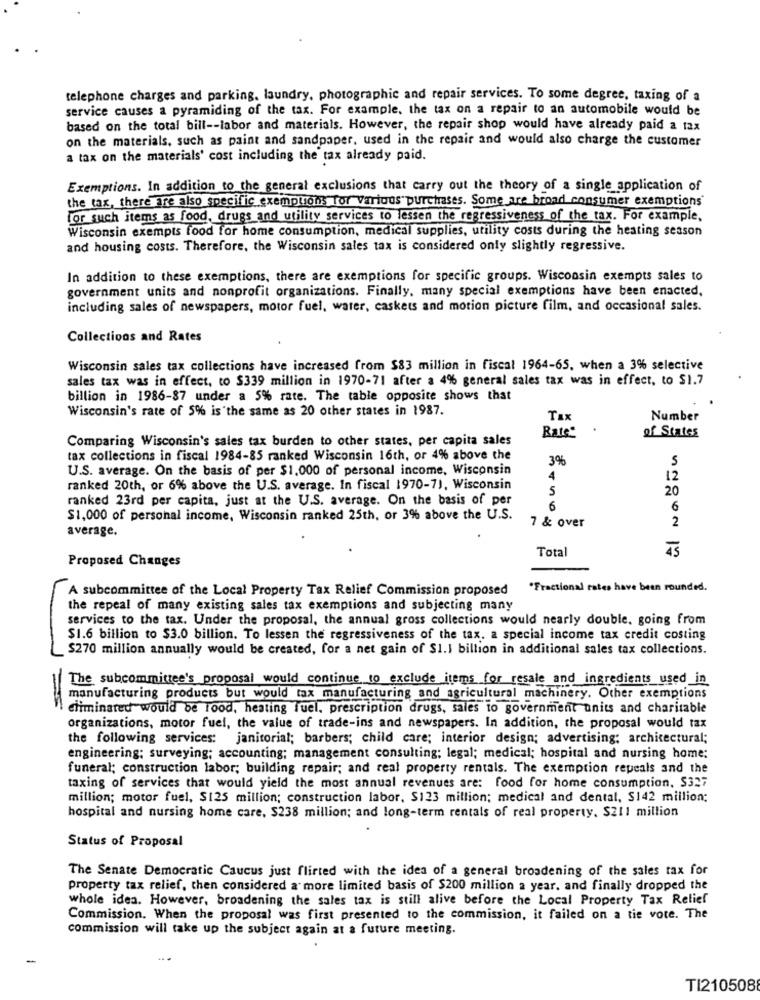
telephone charges and parking. laundry, photographic and repair services. To some degree, taxing of a
service causes a pyramiding of the tax. For example, the tax on a repair to an automobile would be
based on the total bill -- labor and materials. However, the repair shop would have already paid a tax
on the materials, such as paint and sandpaper, used in the repair and would also charge the customer
a tax on the materials' cost including the tax already paid.
Exemptions. In addition to the general exclusions that carry out the theory of a single application of
the tax, there are also specific exemptions for various purchases. Some are broad consumer exemptions
for such items as food, drugs and utility services to lessen the regressiveness of the tax. For example,
Wisconsin exempts food for home consumption, medical supplies, utility costs during the heating season
and housing costs. Therefore, the Wisconsin sales tax is considered only slightly regressive.
In addition to these exemptions, there are exemptions for specific groups. Wisconsin exempts sales to
government units and nonprofit organizations. Finally, many special exemptions have been enacted,
including sales of newspapers, motor fuel, water, caskets and motion picture film, and occasional sales.
Collections and Rates
Wisconsin sales tax collections have increased from $83 million in fiscal 1964-65, when a 3% selective
sales tax was in effect, to $339 million in 1970-71 after a 4% general sales tax was in effect, to $1.7
billion in 1986-87 under a 5% rate. The table opposite shows that
Wisconsin's rate of 5% is the same as 20 other states in 1987.
Tax
Number
Rate"
Comparing Wisconsin's sales tax burden to other states, per capita sales
of States
tax collections in fiscal 1984-85 ranked Wisconsin 16th, or 4% above the
3%
U.S. average. On the basis of per $1.000 of personal income, Wisconsin
S
4
12
ranked 20th, or 6% above the U.S. average. In fiscal 1970-71, Wisconsin
5
20
ranked 23rd per capita, just at the U.S. average. On the basis of per
6
6
$1,000 of personal income, Wisconsin ranked 25th, or 3% above the U.S.
7 & over
2
average.
Total
45
Proposed Changes
A subcommittee of the Local Property Tax Relief Commission proposed
"Fractional rates have been rounded.
the repeal of many existing sales tax exemptions and subjecting many
services to the tax. Under the proposal, the annual gross collections would nearly double, going from
$1.6 billion to $3.0 billion. To lessen the regressiveness of the tax. a special income tax credit costing
$270 million annually would be created, for a net gain of $1.1 billion in additional sales tax collections.
The subcommittee's proposal would continue to exclude items for resale and ingredients used in
manufacturing products but would tax manufacturing and agricultural machinery. Other exemptions
eliminated would be food, heating fuel, prescription drugs, sales to government units and charitable
organizations, motor fuel, the value of trade-ins and newspapers. In addition, the proposal would tax
the following services: janitorial; barbers; child care; interior design; advertising; architectural;
engineering; surveying; accounting; management consulting; legal; medical; hospital and nursing home:
funeral; construction labor; building repair; and real property rentals. The exemption repeals and the
taxing of services that would yield the most annual revenues are: food for home consumption. $327
million; motor fuel, $125 million; construction labor, $123 million; medical and dental, $142 million:
hospital and nursing home care, $238 million; and long-term rentals of real property, S211 million
Status of Proposal
The Senate Democratic Caucus just flirted with the idea of a general broadening of the sales tax for
property tax relief, then considered a more limited basis of $200 million a year. and finally dropped the
whole idea. However, broadening the sales tax is still alive before the Local Property Tax Relief
Commission. When the proposal was first presented to the commission, it failed on a tie vote. The
commission will take up the subject again at a future meeting.
TI210508